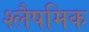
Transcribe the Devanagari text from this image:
श्लैषमिक